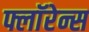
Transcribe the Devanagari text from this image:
फ्लाॅरेन्स